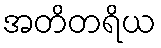
အတိတရိယ